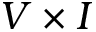
V \times I